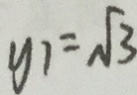
y _ { 1 } = \sqrt { 3 }